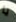
يا